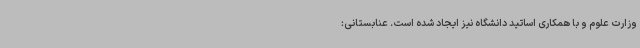
وزارت علوم و با همکاری اساتید دانشگاه نیز ایجاد شده است. عنابستانی: